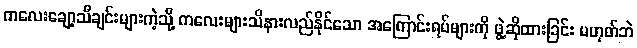
ကလေးချော့သီချင်းများကဲ့သို့ ကလေးများသိနားလည်နိုင်သော အကြောင်းရပ်များကို ဖွဲ့ဆိုထားခြင်း မဟုတ်ဘဲ